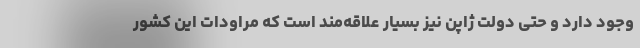
وجود دارد و حتی دولت ژاپن نیز بسیار علاقه‌مند است که مراودات این کشور